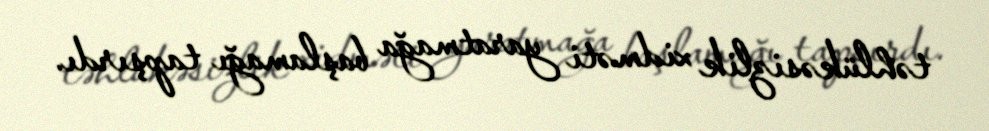
təhlükəsizlik xidməti yaratmağa başlamağı tapşırdı.